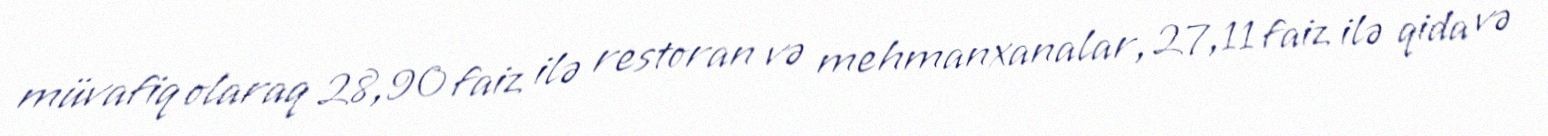
müvafiq olaraq 28,90 faiz ilə restoran və mehmanxanalar, 27,11 faiz ilə qida və